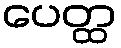
ပေတ္ထ